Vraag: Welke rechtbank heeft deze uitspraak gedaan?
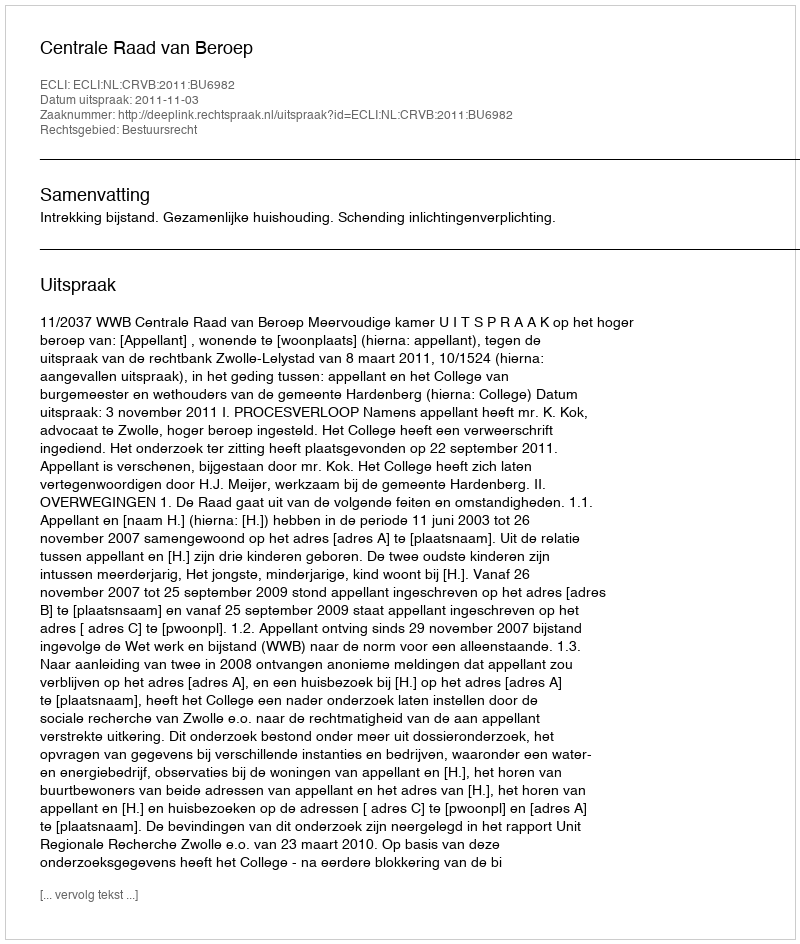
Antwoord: Centrale Raad van Beroep